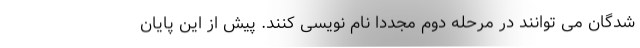
شدگان می توانند در مرحله دوم مجددا نام نویسی کنند. پیش از این پایان